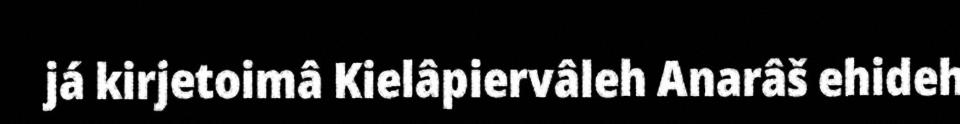
já kirjetoimâ Kielâpiervâleh Anarâš ehideh